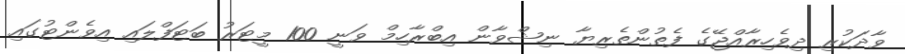
ވާދަކުރި ދިވެހިރާއްޖޭގެ ފެތުންތެރިޔާ ނިޝްވާން އިބްރާހިމް ވަނީ 100 މީޓަރު ބަޓަފްލައި އިވެންޓުގައި